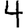
Digit: 4